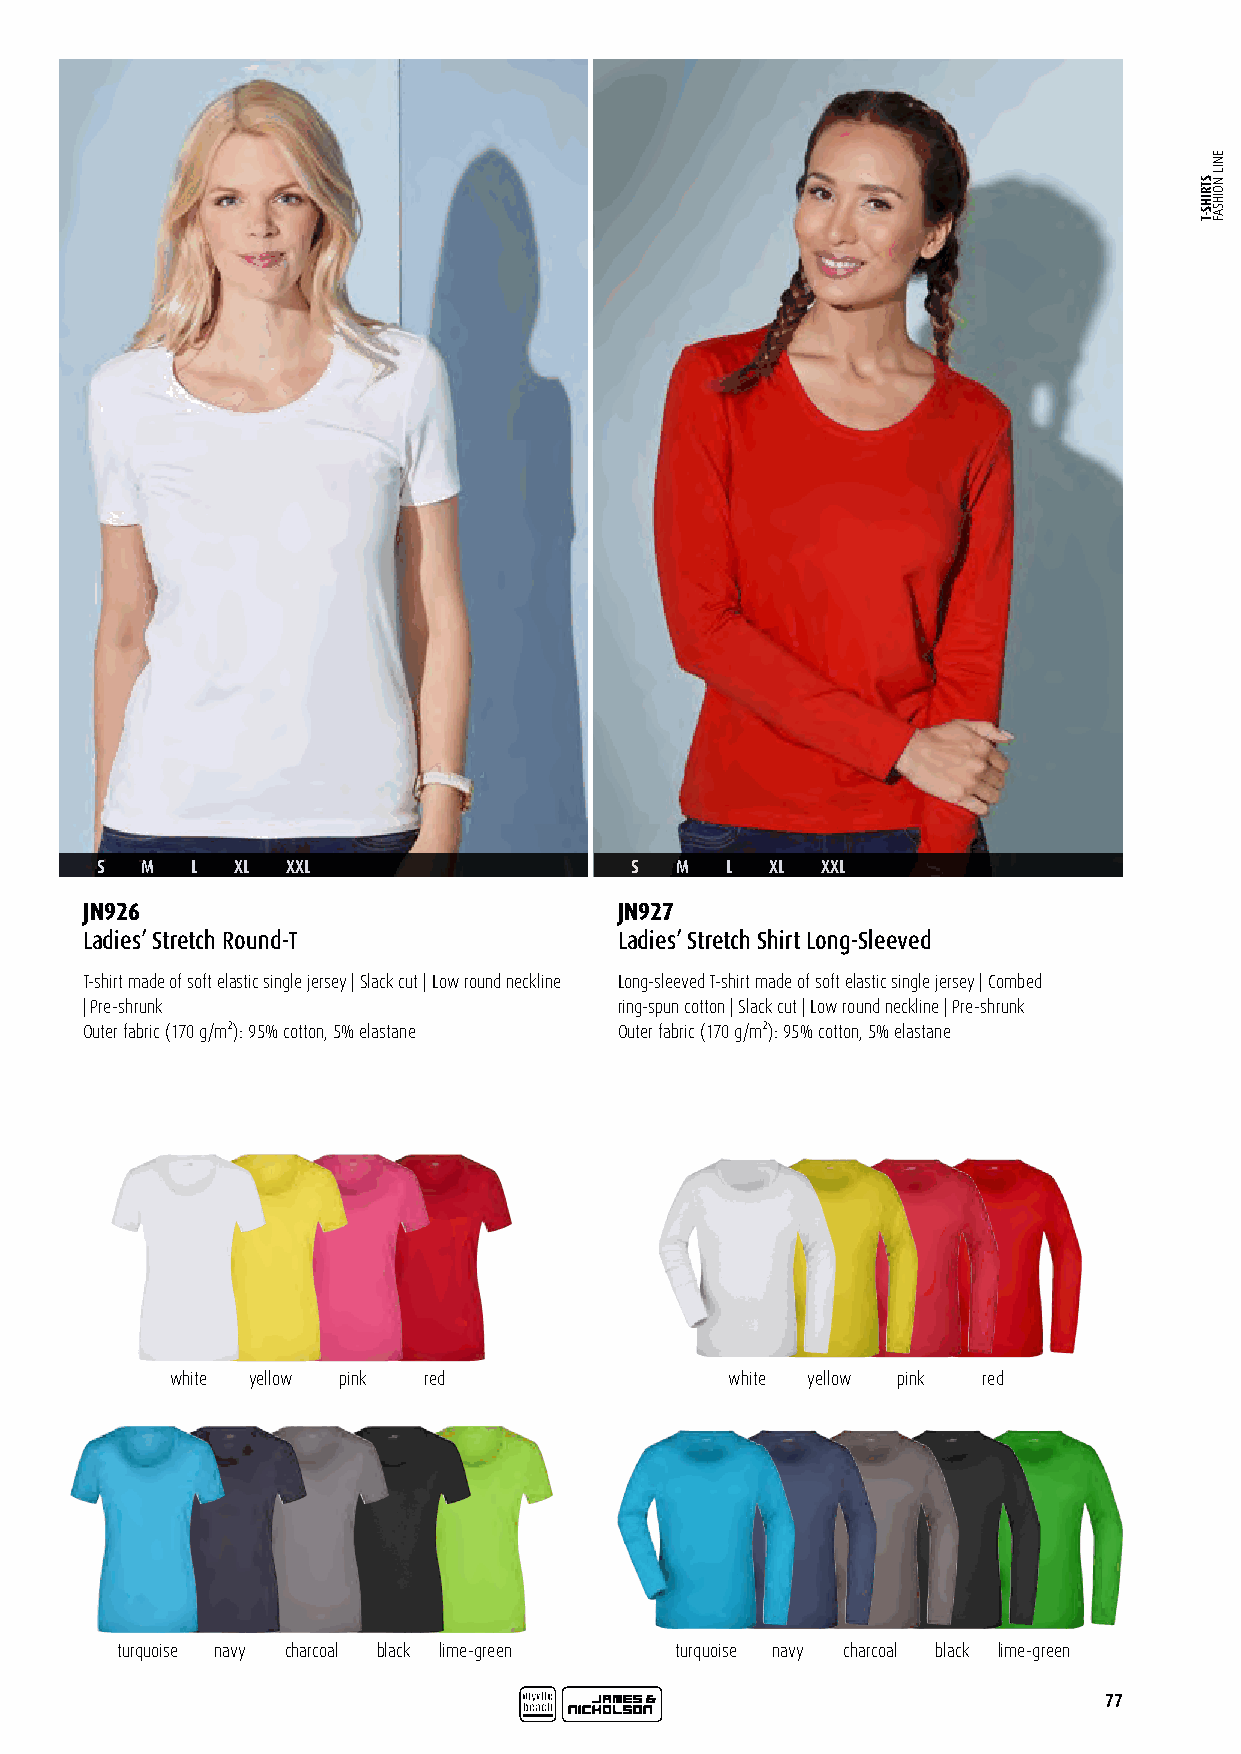
S  M   L  XL XXL                    S  M  L  XL XXL
 JN926                               JN927
 Ladies’ Stretch Round-T             Ladies’ Stretch Shirt Long-Sleeved
 T-shirt made of soft elastic single jersey | Slack cut | Low round neckline Long-sleeved T-shirt made of soft elastic single jersey | Combed
 | Pre-shrunk                        ring-spun cotton | Slack cut | Low round neckline | Pre-shrunk
 Outer fabric (170 g/m²): 95% cotton, 5% elastane Outer fabric (170 g/m²): 95% cotton, 5% elastane
 white yellow pink red                white yellow pink red
 turquoise navy charcoal black lime-green turquoise navy charcoal black lime-green
 77
 STRIHS-T
 ENIL
 NOIHSAF